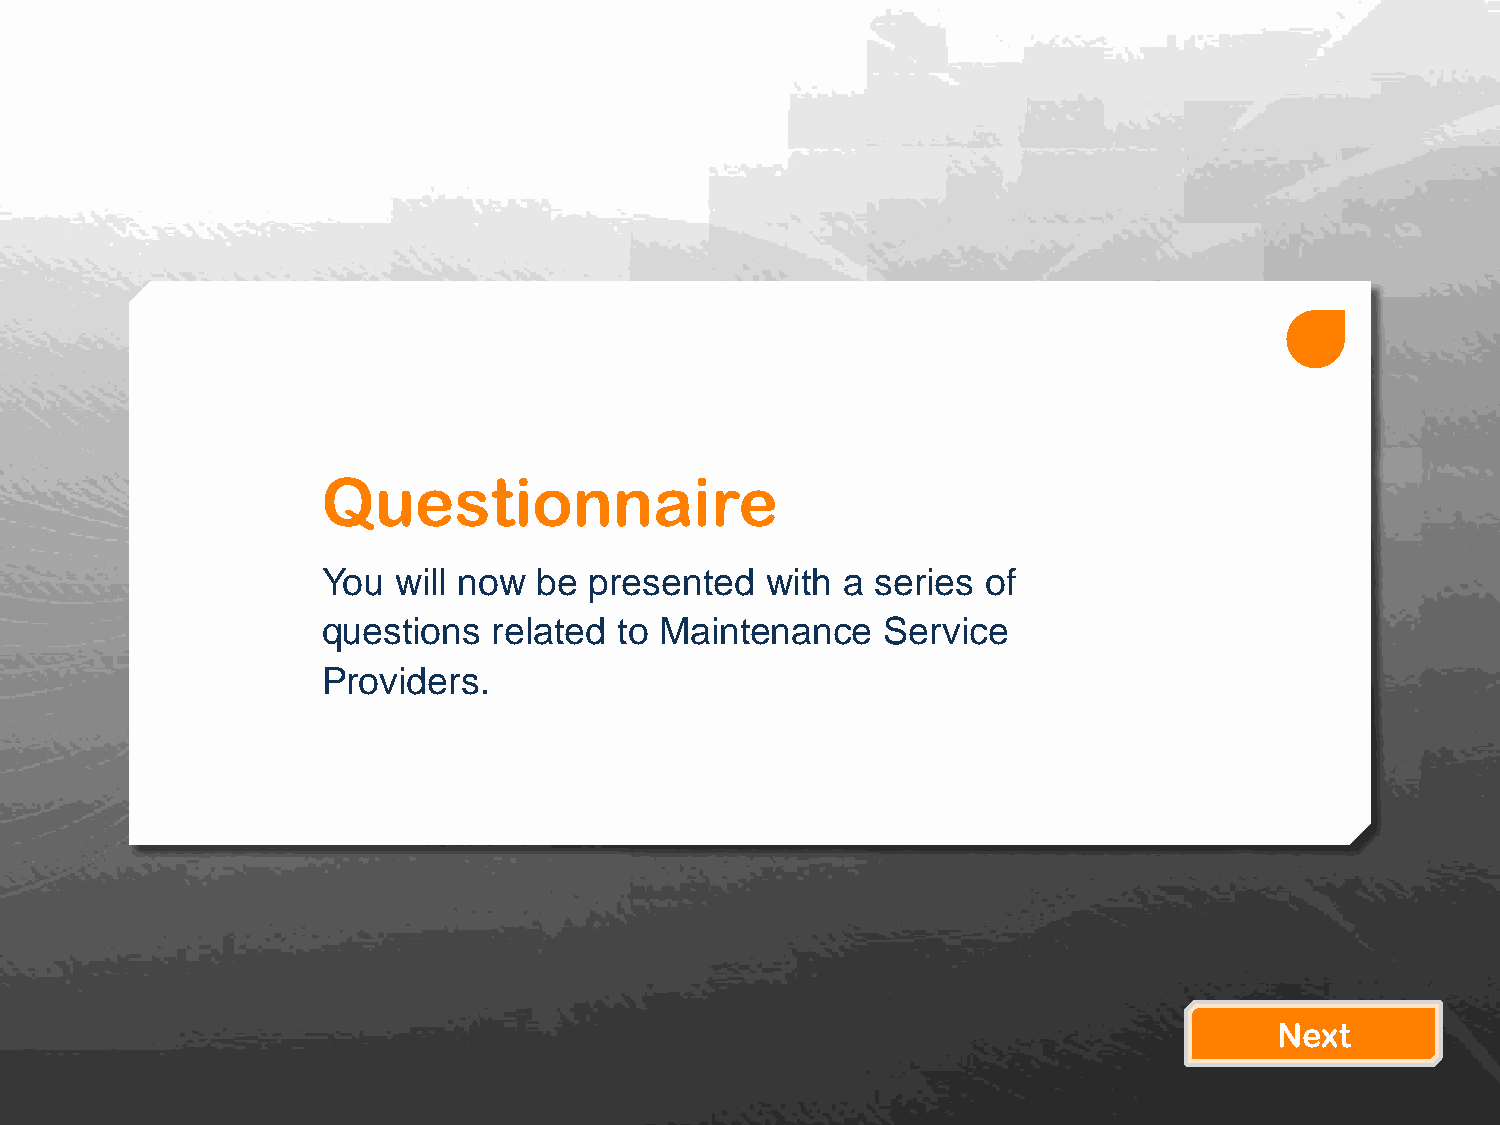
Questionnaire
 You  will now  be presented   with a series of
 questions   related to Maintenance    Service
 Providers.
 Next